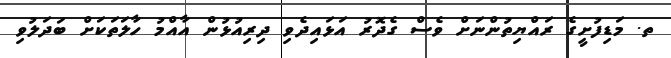
ތ. މަޑިފުށީގެ ރައްޔިތުންނަށް ވެސް ގެދޮރު އަޅައިދެވި ދިރިއުޅުން އާއްމު ހާލަތަކަށް ބަދަލުވި